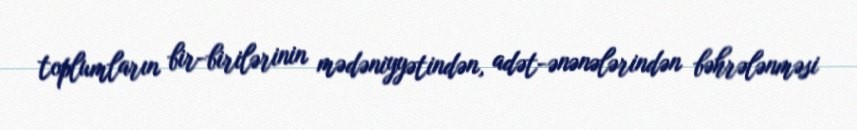
toplumların bir-birilərinin mədəniyyətindən, adət-ənənələrindən bəhrələnməsi